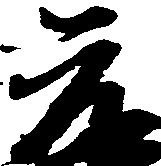
元